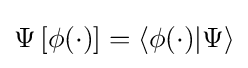
\Psi \left[\phi (\cdot )\right]=\left\langle \phi (\cdot )|\Psi \right\rangle